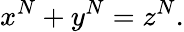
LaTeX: x^{N}+y^{N}=z^{N}.